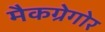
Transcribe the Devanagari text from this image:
मैकग्रेगोर